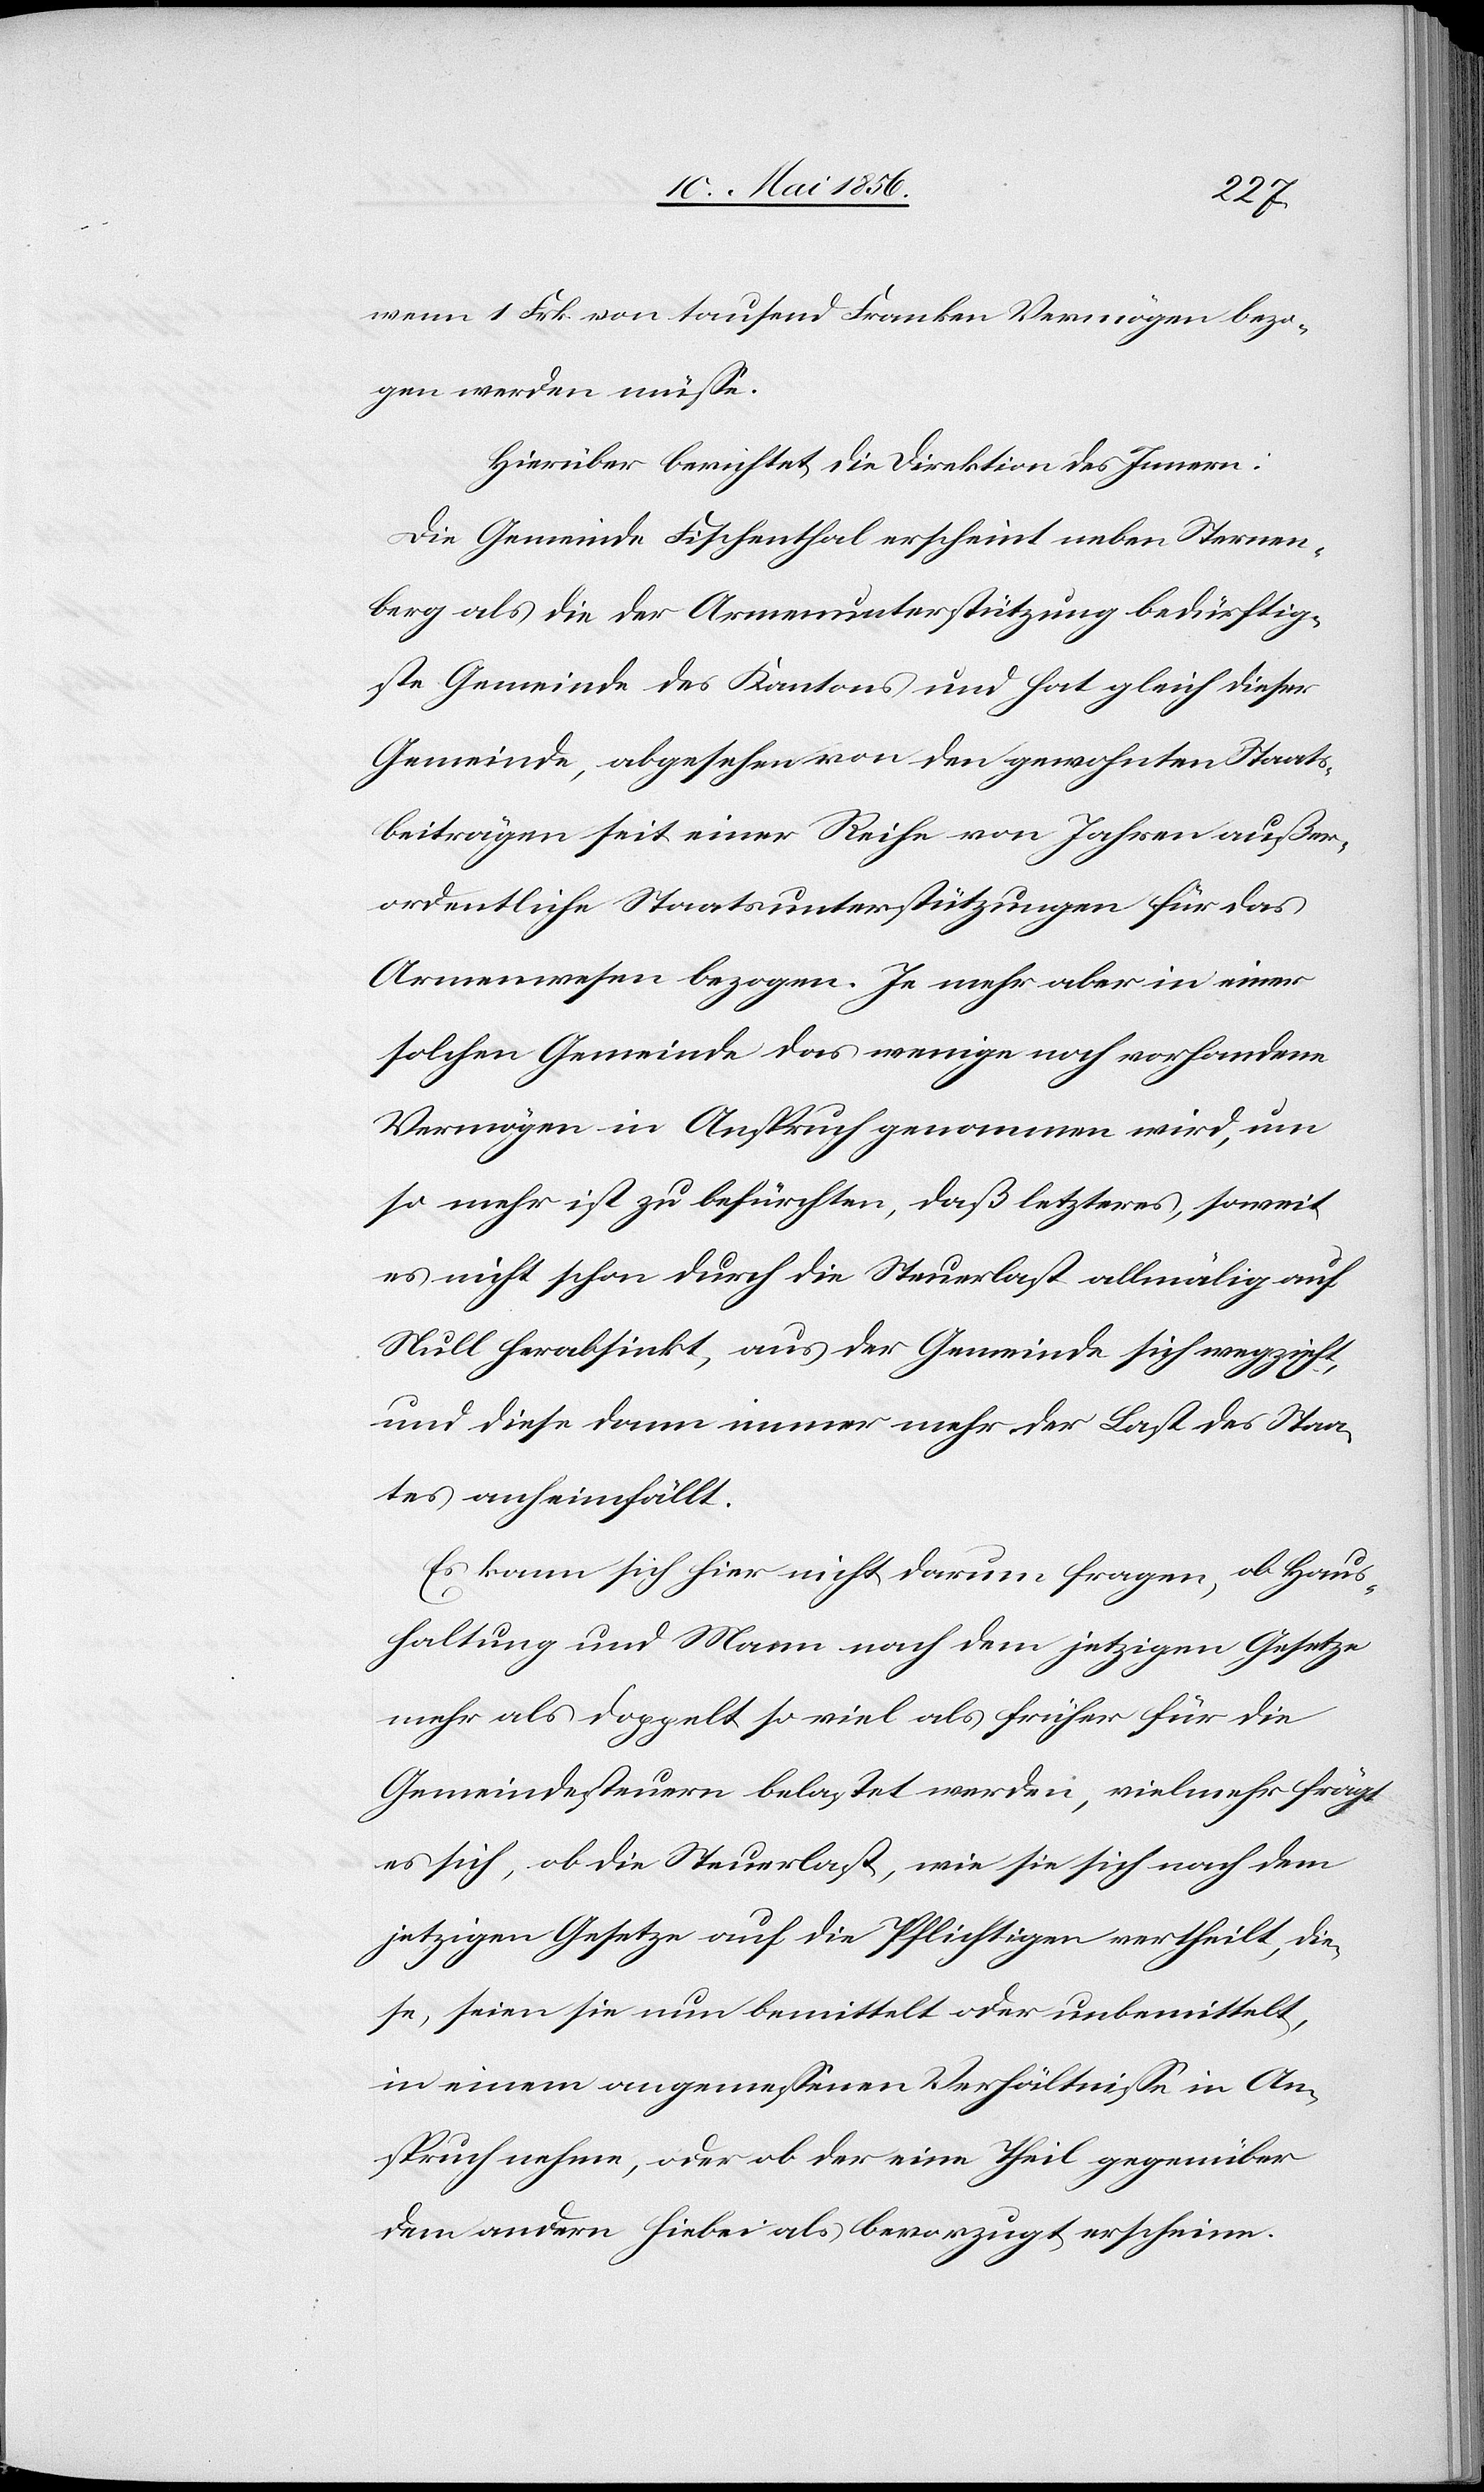
wenn 1 Frk. von tausend Franken Vermögen bezo¬
gen werden müsse.
Hierüber berichtet die Direktion des Innern:
Die Gemeinde Fischenthal erscheint neben Sternen¬
berg als die der Armenunterstützung bedürftig¬
ste Gemeinde des Kantons und hat gleich dieser
Gemeinde, abgesehen von den gewohnten Staats¬
beiträgen seit einer Reihe von Jahren außer¬
ordentliche Staatsunterstützungen für das
Armenwesen bezogen. Je mehr aber in einer
solchen Gemeinde das wenige noch vorhandene
Vermögen in Anspruch genommen wird, um
so mehr ist zu befürchten, daß letzteres, soweit
es nicht schon durch die Steuerlast allmälig auf
Null herabsinkt, aus der Gemeinde sich wegzieht,
und diese dann immer mehr der Last des Staa¬
tes anheimfällt.
Es kann sich hier nicht darum fragen, ob Haus¬
haltung und Mann nach dem jetzigen Gesetze
mehr als doppelt so viel als früher für die
Gemeindesteuern belastet werden, vielmehr frägt
es sich, ob die Steuerlast, wie sie sich nach dem
jetzigen Gesetze auf die Pflichtigen vertheilt, die¬
se, seien sie nun bemittelt oder unbemittelt,
in einem angemessenen Verhältnisse in An¬
spruch nehme, oder ob der eine Theil gegenüber
dem andern hiebei als bevorzugt erschiene.